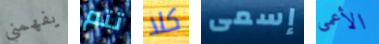
يفهمني تتم كلا إسمى الأعمى